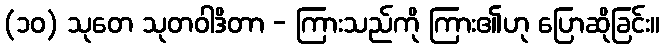
(၁၀) သုတေ သုတဝါဒိတာ - ကြားသည်ကို ကြား၏ဟု ပြောဆိုခြင်း။